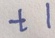
t 1